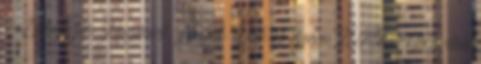
- Előterjesztés Nagycenk Nagyk. Önk. és szervei 2014.évi költségvetési